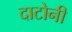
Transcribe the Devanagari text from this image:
दाटोनी